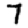
Digit: 7